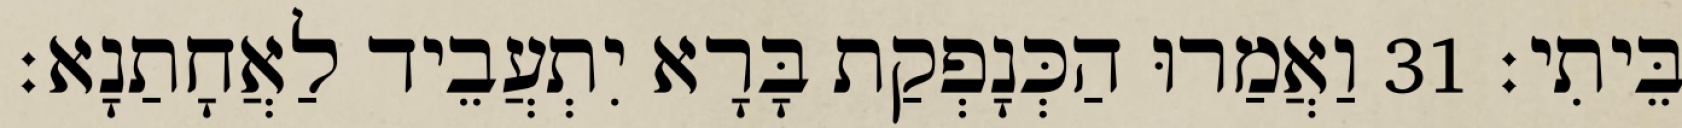
בֵּיתִי׃ 31 וַאֲמַרוּ הַכְּנָפְקַת בָּרָא יִתְעֲבֵיד לַאֲחָתַנָא׃